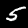
Digit: 5